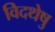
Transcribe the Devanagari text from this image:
विदथेषु